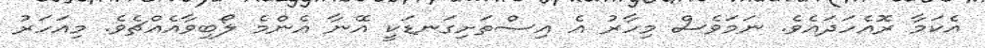
އެކަމާ ރޮއެހަދައެވެ. ނަމަވެސް މިހާރު އެ އިސްތަށިގަނޑަކީ އޭނާ އެންމެ ލޯބިވާއެއްޗެވެ. މިއަހަރު